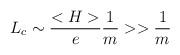
LaTeX: \begin{align*}L_c\sim {\frac{<H>}{e}}{\frac{1}{m}}>>{\frac{1}{m}}\end{align*}